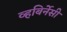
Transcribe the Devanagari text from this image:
व्हबिर्नेसी